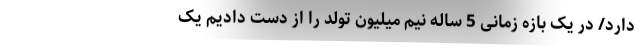
دارد/ در یک بازه زمانی 5 ساله نیم میلیون تولد را از دست دادیم یک